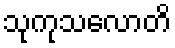
သုကုသလောတိ